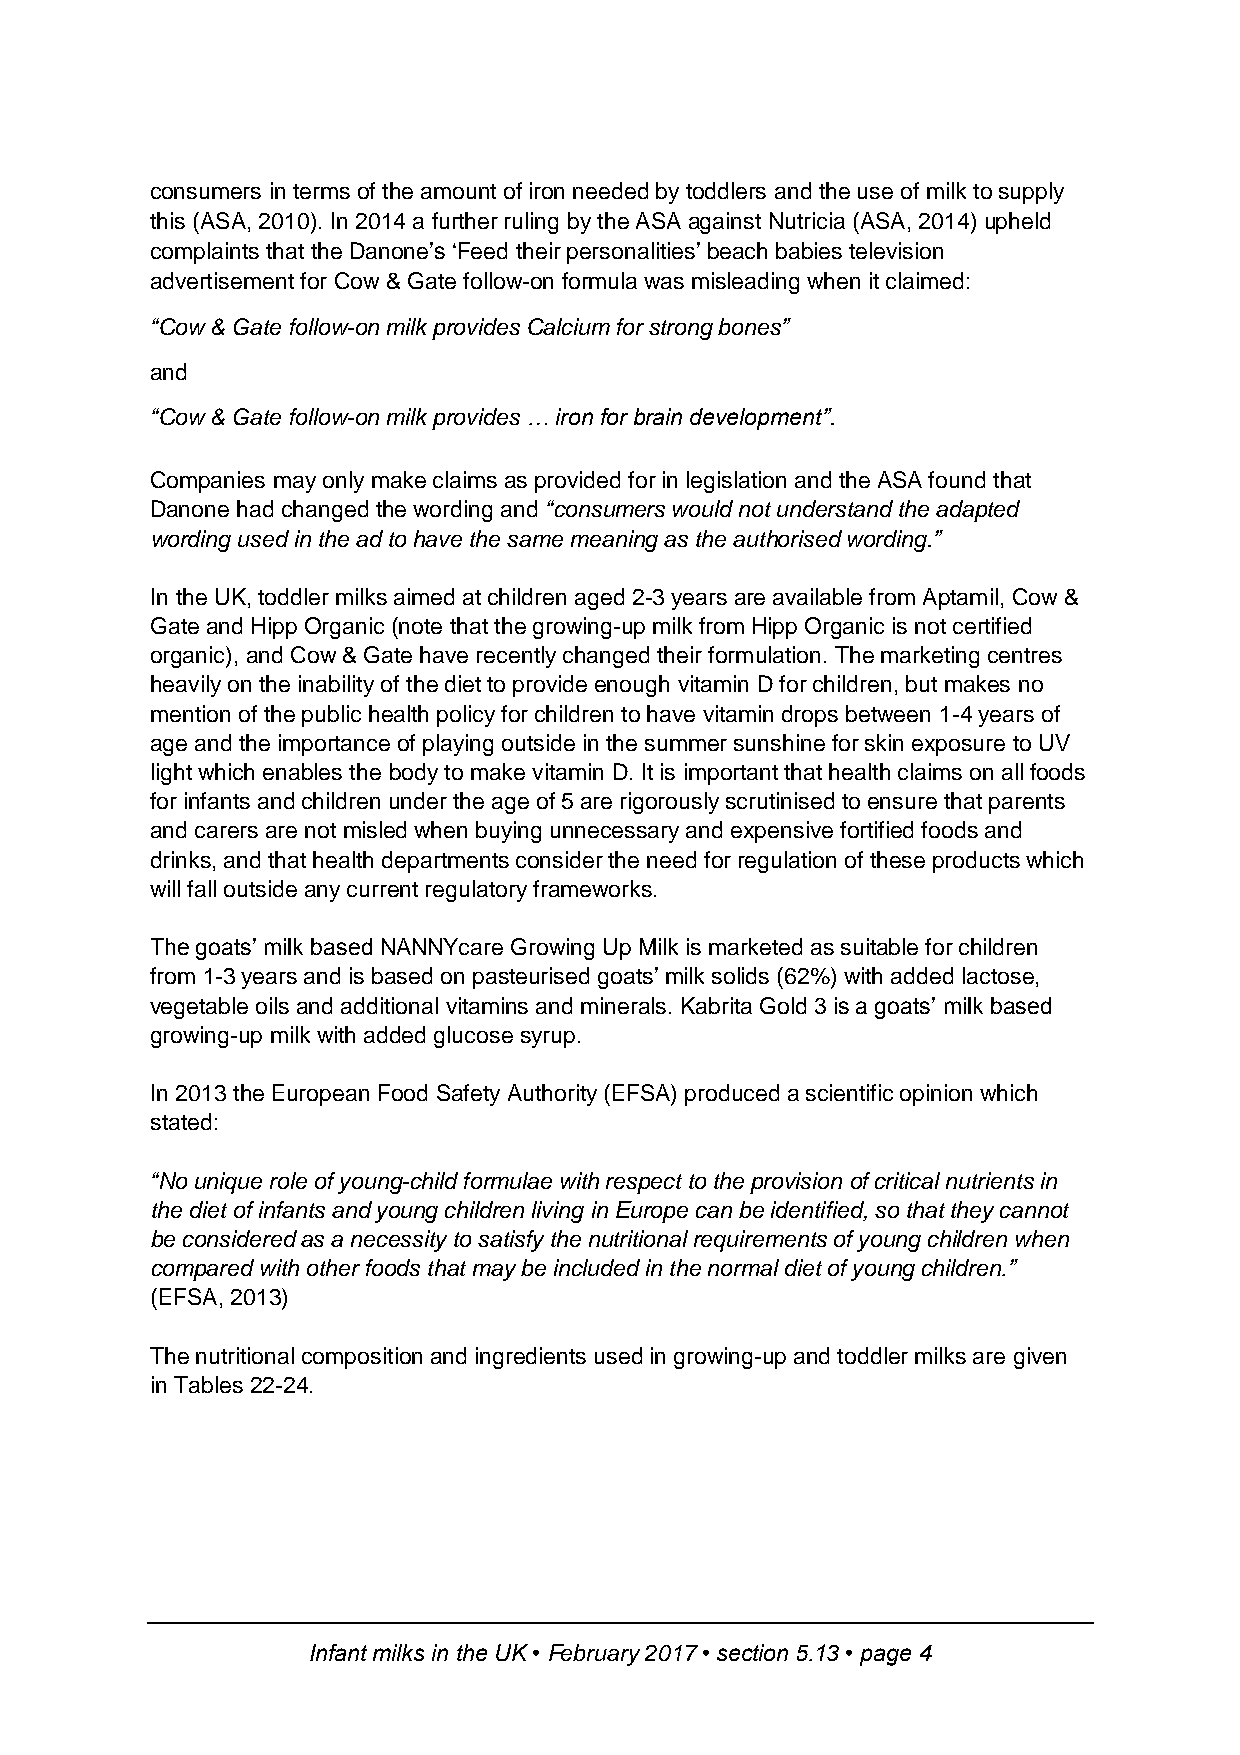
consumers in terms of the amount of iron needed by toddlers and the use of milk to supply
 this (ASA, 2010). In 2014 a further ruling by the ASA against Nutricia (ASA, 2014) upheld
 complaints that the Danone’s ‘Feed their personalities’ beach babies television
 advertisement for Cow & Gate follow-on formula was misleading when it claimed:
 “Cow & Gate follow-on milk provides Calcium for strong bones”
 and
 “Cow & Gate follow-on milk provides … iron for brain development”.
 Companies may only make claims as provided for in legislation and the ASA found that
 Danone had changed the wording and “consumers would not understand the adapted
 wording used in the ad to have the same meaning as the authorised wording.”
 In the UK, toddler milks aimed at children aged 2-3 years are available from Aptamil, Cow &
 Gate and Hipp Organic (note that the growing-up milk from Hipp Organic is not certified
 organic), and Cow & Gate have recently changed their formulation. The marketing centres
 heavily on the inability of the diet to provide enough vitamin D for children, but makes no
 mention of the public health policy for children to have vitamin drops between 1-4 years of
 age and the importance of playing outside in the summer sunshine for skin exposure to UV
 light which enables the body to make vitamin D. It is important that health claims on all foods
 for infants and children under the age of 5 are rigorously scrutinised to ensure that parents
 and carers are not misled when buying unnecessary and expensive fortified foods and
 drinks, and that health departments consider the need for regulation of these products which
 will fall outside any current regulatory frameworks.
 The goats’ milk based NANNYcare Growing Up Milk is marketed as suitable for children
 from 1-3 years and is based on pasteurised goats’ milk solids (62%) with added lactose,
 vegetable oils and additional vitamins and minerals. Kabrita Gold 3 is a goats’ milk based
 growing-up milk with added glucose syrup.
 In 2013 the European Food Safety Authority (EFSA) produced a scientific opinion which
 stated:
 “No unique role of young-child formulae with respect to the provision of critical nutrients in
 the diet of infants and young children living in Europe can be identified, so that they cannot
 be considered as a necessity to satisfy the nutritional requirements of young children when
 compared with other foods that may be included in the normal diet of young children.”
 (EFSA, 2013)
 The nutritional composition and ingredients used in growing-up and toddler milks are given
 in Tables 22-24.
 Infant milks in the UK • February 2017 • section 5.13 • page 4